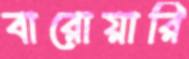
বারোয়ারি